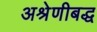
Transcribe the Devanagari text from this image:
अश्रेणीबद्ध